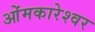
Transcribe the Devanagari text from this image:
ओंमकारेश्‍वर